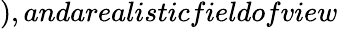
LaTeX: ),andarealisticfieldofview